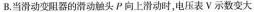
B.当滑动变阻器的滑动触头P向上滑动时，电压表V示数变大